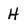
Character: h